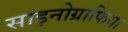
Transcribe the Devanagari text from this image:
साइनोग्राफिया